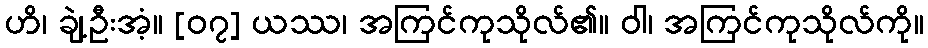
ဟိ၊ ချဲ့ဦးအံ့။ [၀၇] ယဿ၊ အကြင်ကုသိုလ်၏။ ဝါ၊ အကြင်ကုသိုလ်ကို။